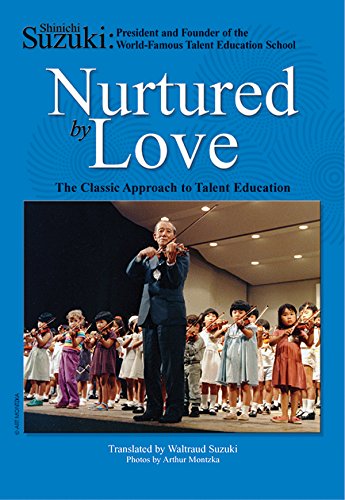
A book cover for Nurtured by Love: The Classic Approach to Talent Education; Shinichi Suzuki; Arts & Photography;